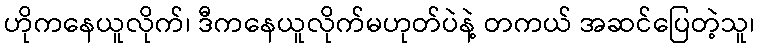
ဟိုကနေယူလိုက်၊ ဒီကနေယူလိုက်မဟုတ်ပဲနဲ့ တကယ် အဆင်ပြေတဲ့သူ၊